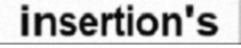
insertion's